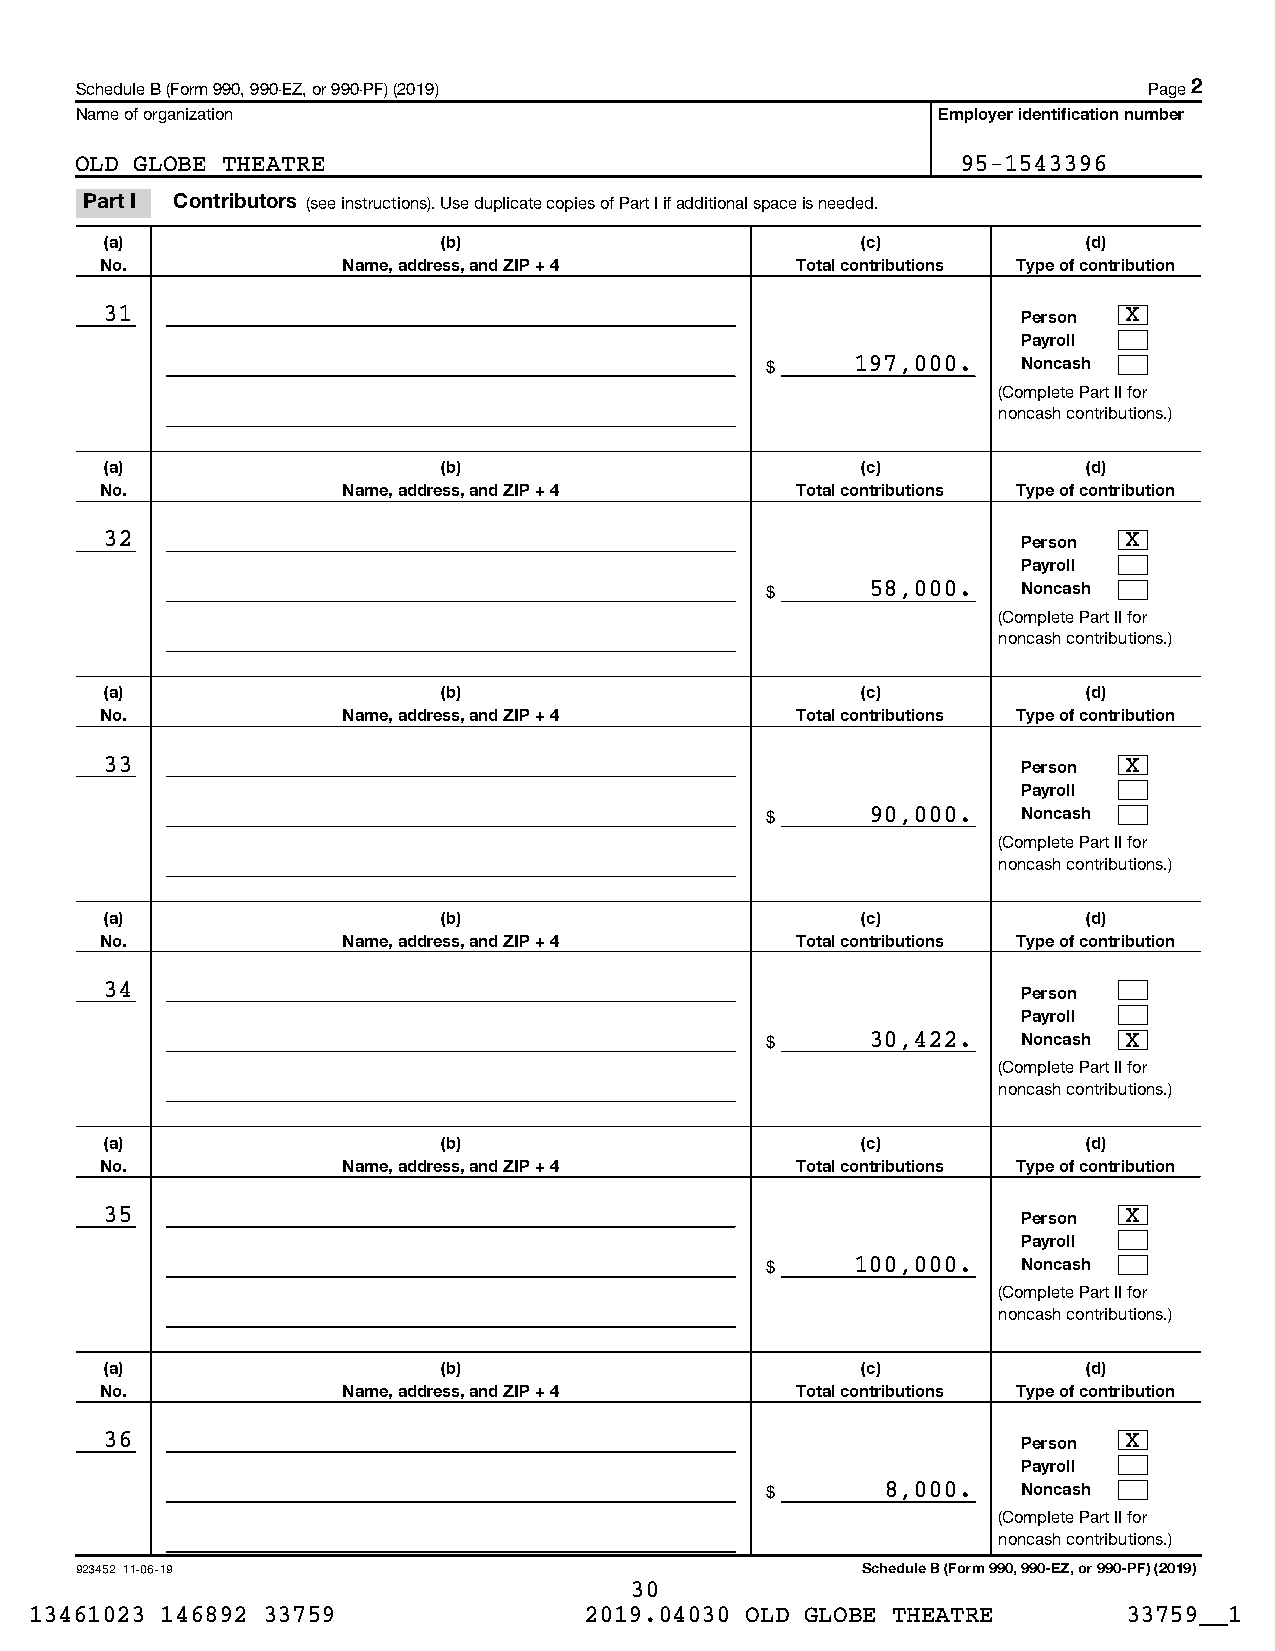
Schedule B (Form 990, 990-EZ, or 990-PF) (2019)                        Page 2
 Name of organization                                     Employer identification number
 OLD GLOBE THEATRE                                          95-1543396
 Part I Contributors (see instructions). Use duplicate copies of Part I if additional space is needed.
 (a)                   (b)                         (c)            (d)
 No.             Name, address, and ZIP + 4    Total contributions Type of contribution
 31                                                           Person X
 Payroll
 $     197,000.   Noncash
 (Complete Part II for
 noncash contributions.)
 (a)                   (b)                         (c)            (d)
 No.             Name, address, and ZIP + 4    Total contributions Type of contribution
 32                                                           Person X
 Payroll
 $      58,000.   Noncash
 (Complete Part II for
 noncash contributions.)
 (a)                   (b)                         (c)            (d)
 No.             Name, address, and ZIP + 4    Total contributions Type of contribution
 33                                                           Person X
 Payroll
 $      90,000.   Noncash
 (Complete Part II for
 noncash contributions.)
 (a)                   (b)                         (c)            (d)
 No.             Name, address, and ZIP + 4    Total contributions Type of contribution
 34                                                           Person
 Payroll
 $      30,422.   Noncash X
 (Complete Part II for
 noncash contributions.)
 (a)                   (b)                         (c)            (d)
 No.             Name, address, and ZIP + 4    Total contributions Type of contribution
 35                                                           Person X
 Payroll
 $     100,000.   Noncash
 (Complete Part II for
 noncash contributions.)
 (a)                   (b)                         (c)            (d)
 No.             Name, address, and ZIP + 4    Total contributions Type of contribution
 36                                                           Person X
 Payroll
 $       8,000.   Noncash
 (Complete Part II for
 noncash contributions.)
 923452 11-06-19                                     Schedule B (Form 990, 990-EZ, or 990-PF) (2019)
 30
 13461023 146892 33759                2019.04030 OLD GLOBE THEATRE        33759__1